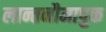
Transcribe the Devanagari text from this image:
लान्तनौमापुक